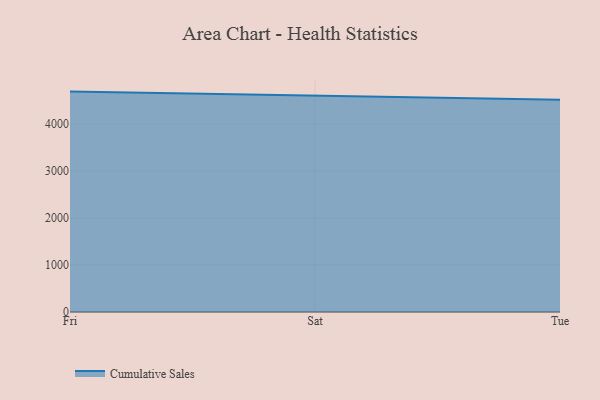
{"axis": {"x": "Day", "y": "Website Visitors"}, "legend": ["Cumulative Sales"], "data": [{"x": "Fri", "y": 4686.7, "type": "Cumulative Sales"}, {"x": "Sat", "y": 4604.7, "type": "Cumulative Sales"}, {"x": "Tue", "y": 4515.8, "type": "Cumulative Sales"}]}